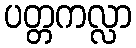
ပတ္တကလ္လာ